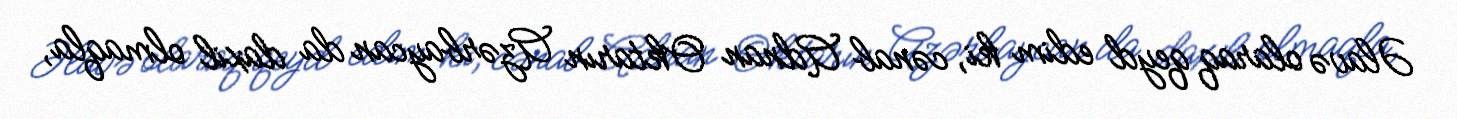
Əlavə olaraq qeyd edim ki, cənab Adnan Oktarın Azərbaycan da daxil olmaqla,